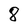
Character: 8